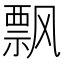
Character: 飘